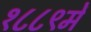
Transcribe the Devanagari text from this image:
१८८९में